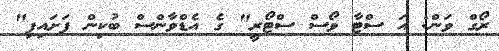
ރޯގް ވަން: އަ ސްޓާ ވޯސް ސްޓޯރީ" ގެ އެޑްވާންސް ބުކިން ފަށައިފި"